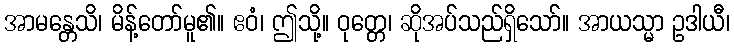
အာမန္တေသိ၊ မိန့်တော်မူ၏။ ဧဝံ၊ ဤသို့။ ဝုတ္တေ၊ ဆိုအပ်သည်ရှိသော်။ အာယသ္မာ ဥဒါယီ၊